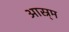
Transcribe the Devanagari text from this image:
आस्र्म